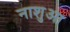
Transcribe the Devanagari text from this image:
नाशुआ